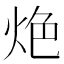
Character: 𰞑